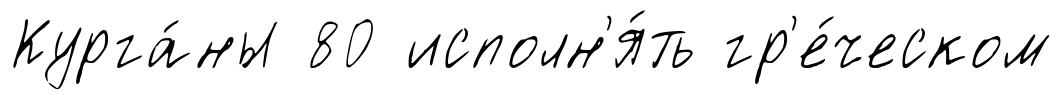
Курга́ны 80 исполн'я́ть гр'е́ческом